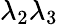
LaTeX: \lambda_{2}\lambda_{3}